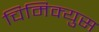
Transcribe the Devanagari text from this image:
चिमिक्युस